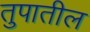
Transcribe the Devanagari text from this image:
तुपातील